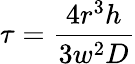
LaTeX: \tau=\frac{4r^{3}h}{3w^{2}D}